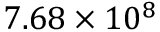
7 . 6 8 \times 1 0 ^ { 8 }